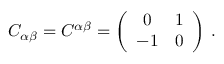
C _ { \alpha \beta } = C ^ { \alpha \beta } = \left( \begin{array} { c c } { { 0 } } & { { 1 } } \\ { { - 1 } } & { { 0 } } \end{array} \right) \, .